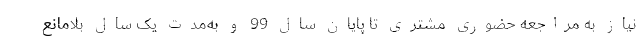
نیاز به مراجعه حضوری مشتری تا پایان سال 99 و به‌مدت یک سال بلامانع